Annual statistical returns and brief notes on vaccination in Bengal - 1896-1909
Year: 1896
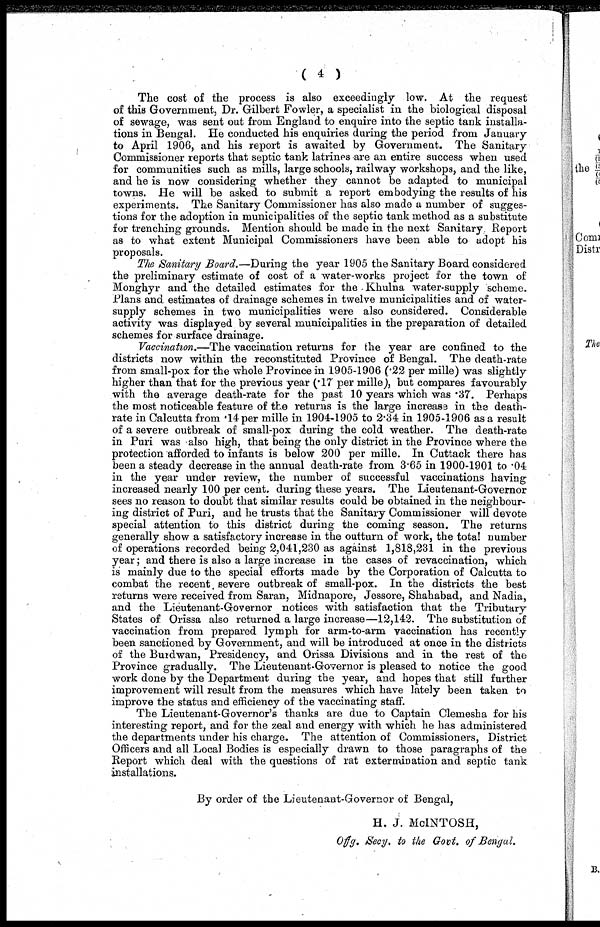
( 4 )
The cost of the process is also exceedingly low. At the request
of this Government, Dr. Gilbert Fowler, a specialist in the biological disposal
of sewage, was sent out from England to enquire into the septic tank installa-
tions in Bengal. He conducted his enquiries during the period from January
to April 1906, and his report is awaited by Government. The Sanitary
Commissioner reports that septic tank latrines are an entire success when used
for communities such as mills, large schools, railway workshops, and the like,
and he is now considering whether they cannot be adapted to municipal
towns. He will be asked to submit a report embodying the results of his
experiments. The Sanitary Commissioner has also made a number of sugges-
tions for the adoption in municipalities of the septic tank method as a substitute
for trenching grounds. Mention should be made in the next Sanitary. Report
as to what extent Municipal Commissioners have been able to adopt his
proposals.
The Sanitary Board.—During the year 1905 the Sanitary Board considered
the preliminary estimate of cost of a water-works project for the town of
Monghyr and the detailed estimates for the Khulna water-supply scheme.
Plans and estimates of drainage schemes in twelve municipalities and of water-
supply schemes in two municipalities were also considered. Considerable
activity was displayed by several municipalities in the preparation of detailed
schemes for surface drainage.
Vaccination.—The vaccination returns for the year are confined to the
districts now within the reconstituted Province of Bengal. The death-rate
from small-pox for the whole Province in 1905-1906 (.22 per mille) was slightly
higher than that for the previous year (.17 per mille), but compares favourably
with the average death-rate for the past 10 years which was .37. Perhaps
the most noticeable feature of the returns is the large increase in the death-
rate in Calcutta from .14 per mille in 1904-1905 to 2.34 in 1905-1906 as a result
of a severe outbreak of small-pox during the cold weather. The death-rate
in Puri was also high, that being the only district in the Province where the
protection afforded to infants is below 200 per mille. In Cuttack there has
been a steady decrease in the annual death-rate from 3.65 in 1900-1901 to .04
in the year under review, the number of successful vaccinations having
increased nearly 100 per cent. during these years. The Lieutenant-Governor
sees no reason to doubt that similar results could be obtained in the neighbour-
ing district of Puri, and he trusts that the Sanitary Commissioner will devote
special attention to this district during the coming season. The returns
generally show a satisfactory increase in the outturn of work, the total number
of operations recorded being 2,041,230 as against 1,818,231 in the previous
year; and there is also a large increase in the cases of revaccination, which
is mainly due to the special efforts made by the Corporation of Calcutta to
combat the recent, severe outbreak of small-pox. In the districts the best
returns were received from Saran, Midnapore, Jessore, Shahabad, and Nadia,
and the Lieutenant-Governor notices with satisfaction that the Tributary
States of Orissa also returned a large increase—12,142. The substitution of
vaccination from prepared lymph for arm-to-arm vaccination has recently
been sanctioned by Government, and will be introduced at once in the districts
of the Burdwan, Presidency, and Orissa Divisions and in the rest of the
Province gradually. The Lieuteuant-Governor is pleased to notice the good
work done by the Department during the year, and hopes that still further
improvement will result from the measures which have lately been taken to
improve the status and efficiency of the vaccinating staff.
The Lieutenant-Governor's thanks are due to Captain Clemesha for his
interesting report, and for the zeal and energy with which he has administered
the departments under his charge. The attention of Commissioners, District
Officers and all Local Bodies is especially drawn to those paragraphs of the
Report which deal with the questions of rat extermination and septic tank
installations.
By order of the Lieutenant-Governor of Bengal,
H. J. McINTOSH,
Offg. Secy. to the Govt. of Bengal.